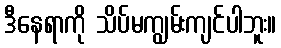
ဒီနေရာကို သိပ်မကျွမ်းကျင်ပါဘူး။